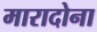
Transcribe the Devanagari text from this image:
मारादोना